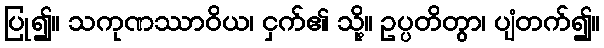
ပြု၍။ သကုဏဿာဝိယ၊ ငှက်၏ သို့။ ဥပ္ပတိတွာ၊ ပျံတက်၍။